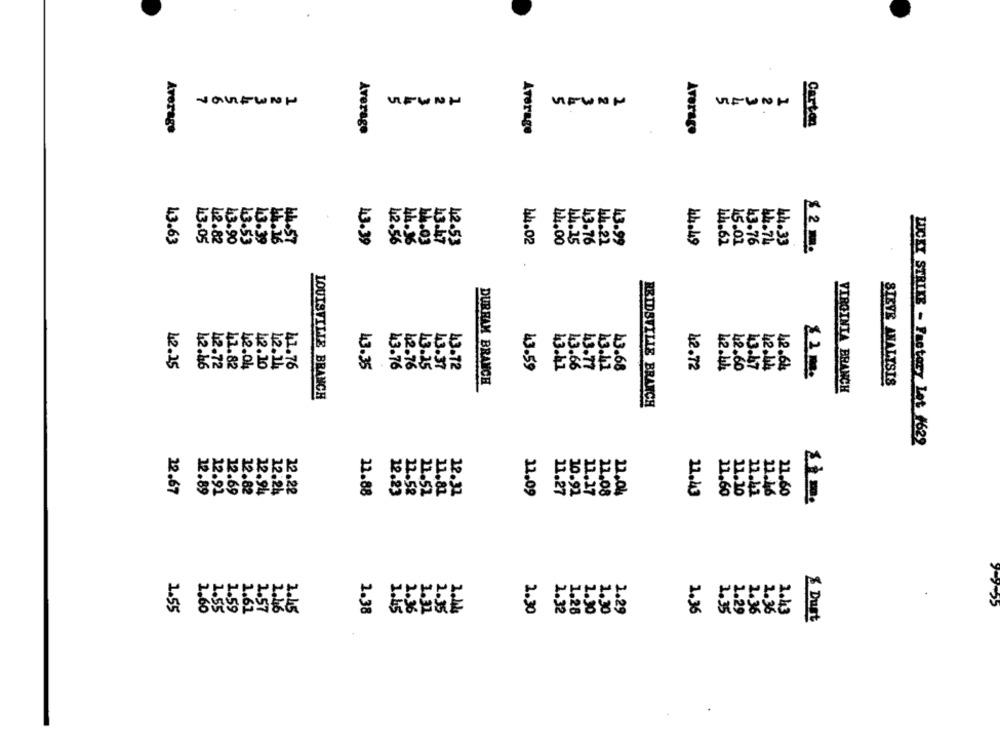
2
2
VFUNN
Average
Average
Carton
Average
Average
43
43.63
43.53
13.39
13.39
42.53
14.02
44.49
15.01
44. 74
14.33
13.05
42.82
14.00
44.25
43.76
44.22
13.99
44.62
43.76
43.90
$ 2 m.
12.25
42.04
12.10
12.14
11.76
43.35
43.76
42.76
13.25
43.37
43.72
43.59
13.68
42.72
42.60
13.67
42.44
42.64
42.46
42.72
41.82
43.41
13.66
43.77
43.41
42.44
DURHAM BRANCH
STEVE ANALYSIS
VIRGINIA BRANCH
LOUISVILLE BRANCH
REIDSVILLE BRANCH
LUCKY STRIKE - Factory Let #622
12.69
22.67
12.89
12.82
12.94
12.24
12.22
12.88
12.23
12.32
11,09
11.27
22.04
11.43
11,60
11.10
12.41
11.46
21.60
12.91
12.58
21.51
11.81
10.92
11.27
11.08
1.
1.5
2.
2.
2.
1.60
1.59
1.61
L.&g
1.28
1.30
1.30
1.29
1.55
1.57
1.38
2.30
1.32
1.36
35
1.29
2.36
1.36
1.43
& Dust